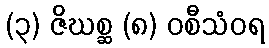
(၃) ဇိဃစ္ဆ (၈) ဝစီသံဝရ